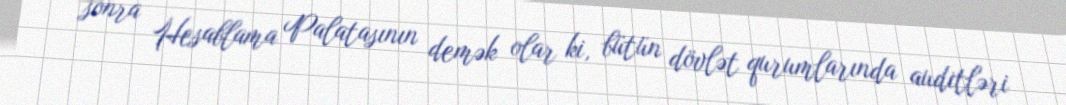
sonra Hesablama Palatasının demək olar ki, bütün dövlət qurumlarında auditləri